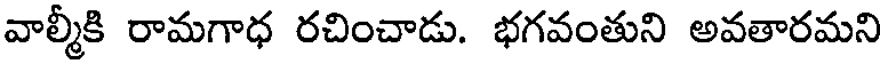
వాల్మీకి రామగాధ రచించాడు. భగవంతుని అవతారమని